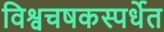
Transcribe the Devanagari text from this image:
विश्वचषकस्पर्धेत